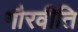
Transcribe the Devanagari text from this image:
गौरवीति